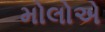
મોલોએ